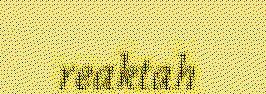
reaktah